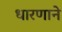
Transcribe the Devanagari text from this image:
धारणाने